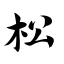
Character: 松